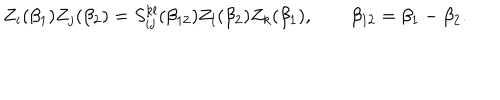
LaTeX: Z _ { i } ( \beta _ { 1 } ) Z _ { j } ( \beta _ { 2 } ) = S _ { i j } ^ { k l } ( \beta _ { 1 2 } ) Z _ { l } ( \beta _ { 2 } ) Z _ { k } ( \beta _ { 1 } ) , \qquad \beta _ { 1 2 } = \beta _ { 1 } - \beta _ { 2 } .